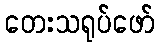
တေးသရုပ်ဖော်